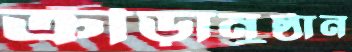
ক্রীড়ানুষ্ঠান